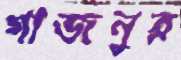
গাজনুর